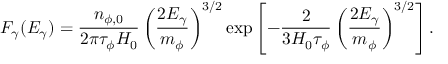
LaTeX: F _ { \gamma } ( E _ { \gamma } ) = \frac { n _ { \phi , 0 } } { 2 \pi \tau _ { \phi } H _ { 0 } } \left( \frac { 2 E _ { \gamma } } { m _ { \phi } } \right) ^ { 3 / 2 } \exp \left[ - \frac { 2 } { 3 H _ { 0 } \tau _ { \phi } } \left( \frac { 2 E _ { \gamma } } { m _ { \phi } } \right) ^ { 3 / 2 } \right] .